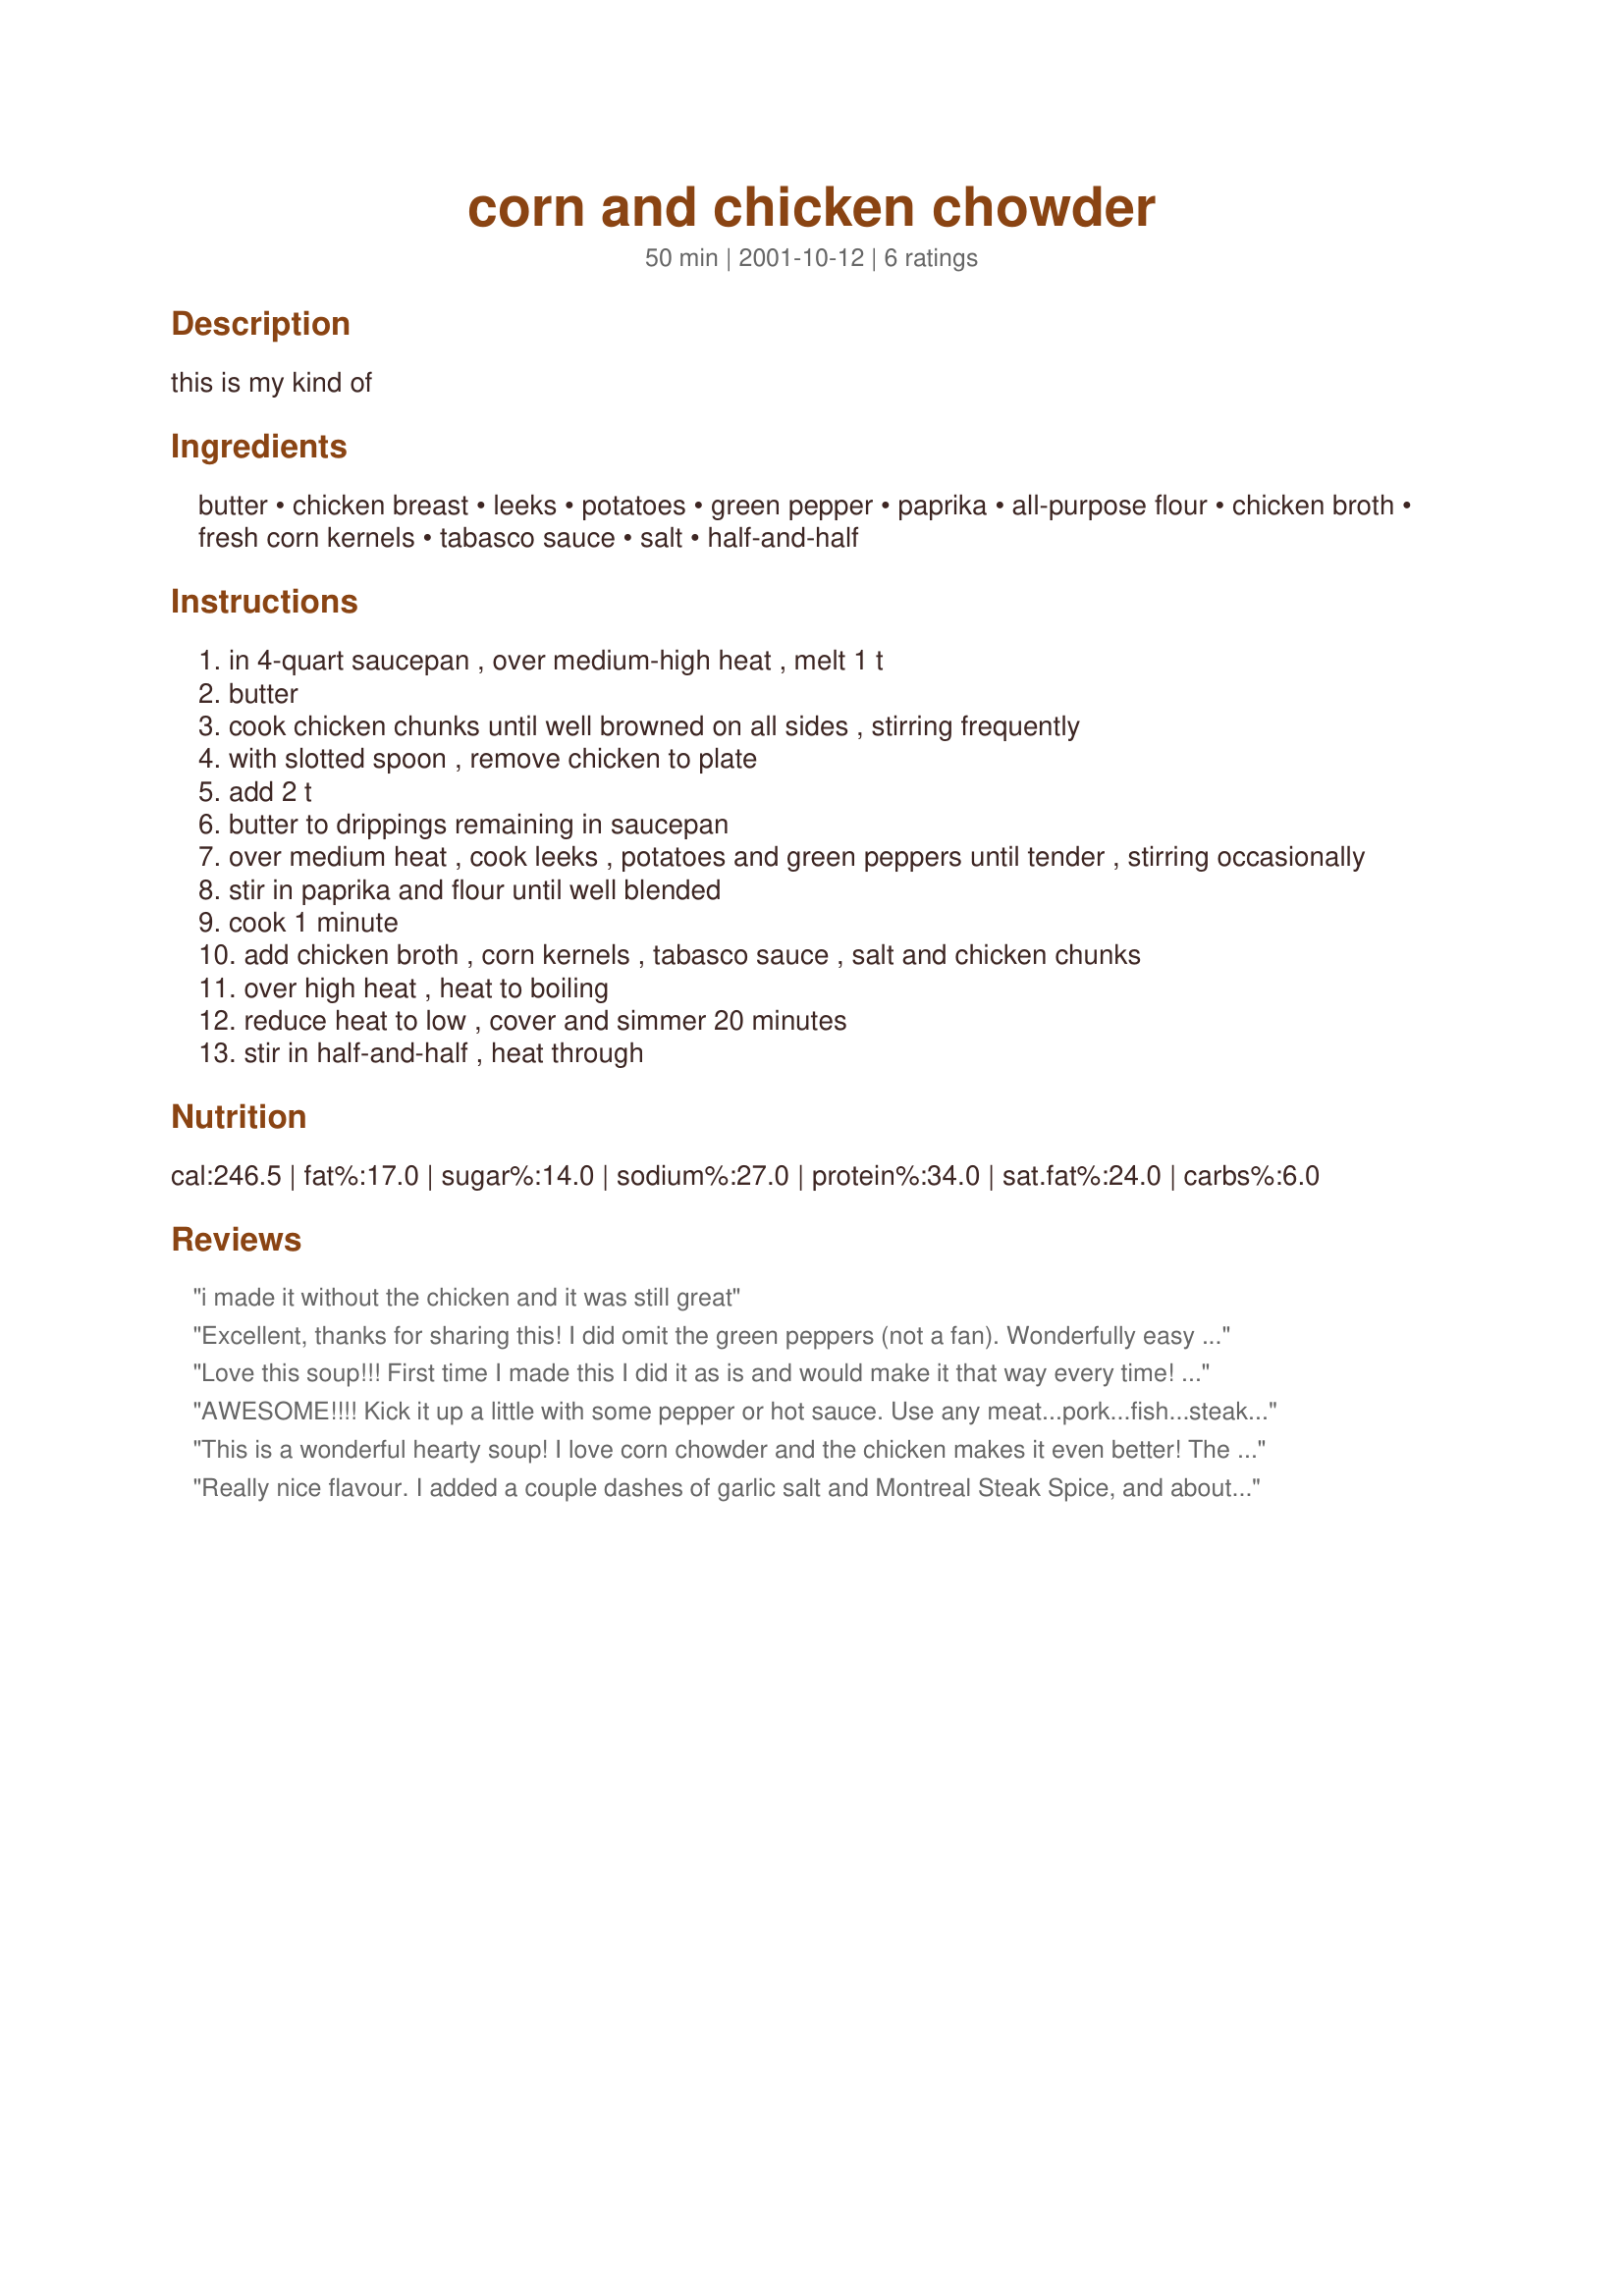
corn and chicken chowder
Preparation time: 50 minutes

this is my kind of

Ingredients:
butter, chicken breast, leeks, potatoes, green pepper, paprika, all-purpose flour, chicken broth, fresh corn kernels, tabasco sauce, salt, half-and-half

Steps:
in 4-quart saucepan , over medium-high heat , melt 1 t
butter
cook chicken chunks until well browned on all sides , stirring frequently
with slotted spoon , remove chicken to plate
add 2 t
butter to drippings remaining in saucepan
over medium heat , cook leeks , potatoes and green peppers until tender , stirring occasionally
stir in paprika and flour until well blended
cook 1 minute
add chicken broth , corn kernels , tabasco sauce , salt and chicken chunks
over high heat , heat to boiling
reduce heat to low , cover and simmer 20 minutes
stir in half-and-half , heat through

Reviews:
i made it without the chicken and it was still great
Excellent, thanks for sharing this! I did omit the green peppers (not a fan). Wonderfully easy dinner.
Love this soup!!! First time I made this I did it as is and would make it that way every time! But, since I started Weight Watchers, I needed to cut the fat a bit, so I used fat-free evaporated milk in place of the half-n-half. Still GREAT!! Thanks for a great recipe!
AWESOME!!!! Kick it up a little with some pepper or hot sauce. Use any meat...pork...fish...steak and you have an excellent meal. It is excellent!!
This is a wonderful hearty soup! I love corn chowder and the chicken makes it even better! The aroma is wonderful and it was so easy to make. I did though omit the green pepper and added a clove of garlic and lessened the tabasco sauce. The chowder came out wonderful, very tasty, this recipe is a wonderful addition to my collection! Enjoy!

Danielle Cone
Really nice flavour.

I added a couple dashes of garlic salt and Montreal Steak Spice, and about a quarter tsp of dried red pepper flakes. I also added 2 medium carrots, chopped. I left out the green pepper and leeks.
